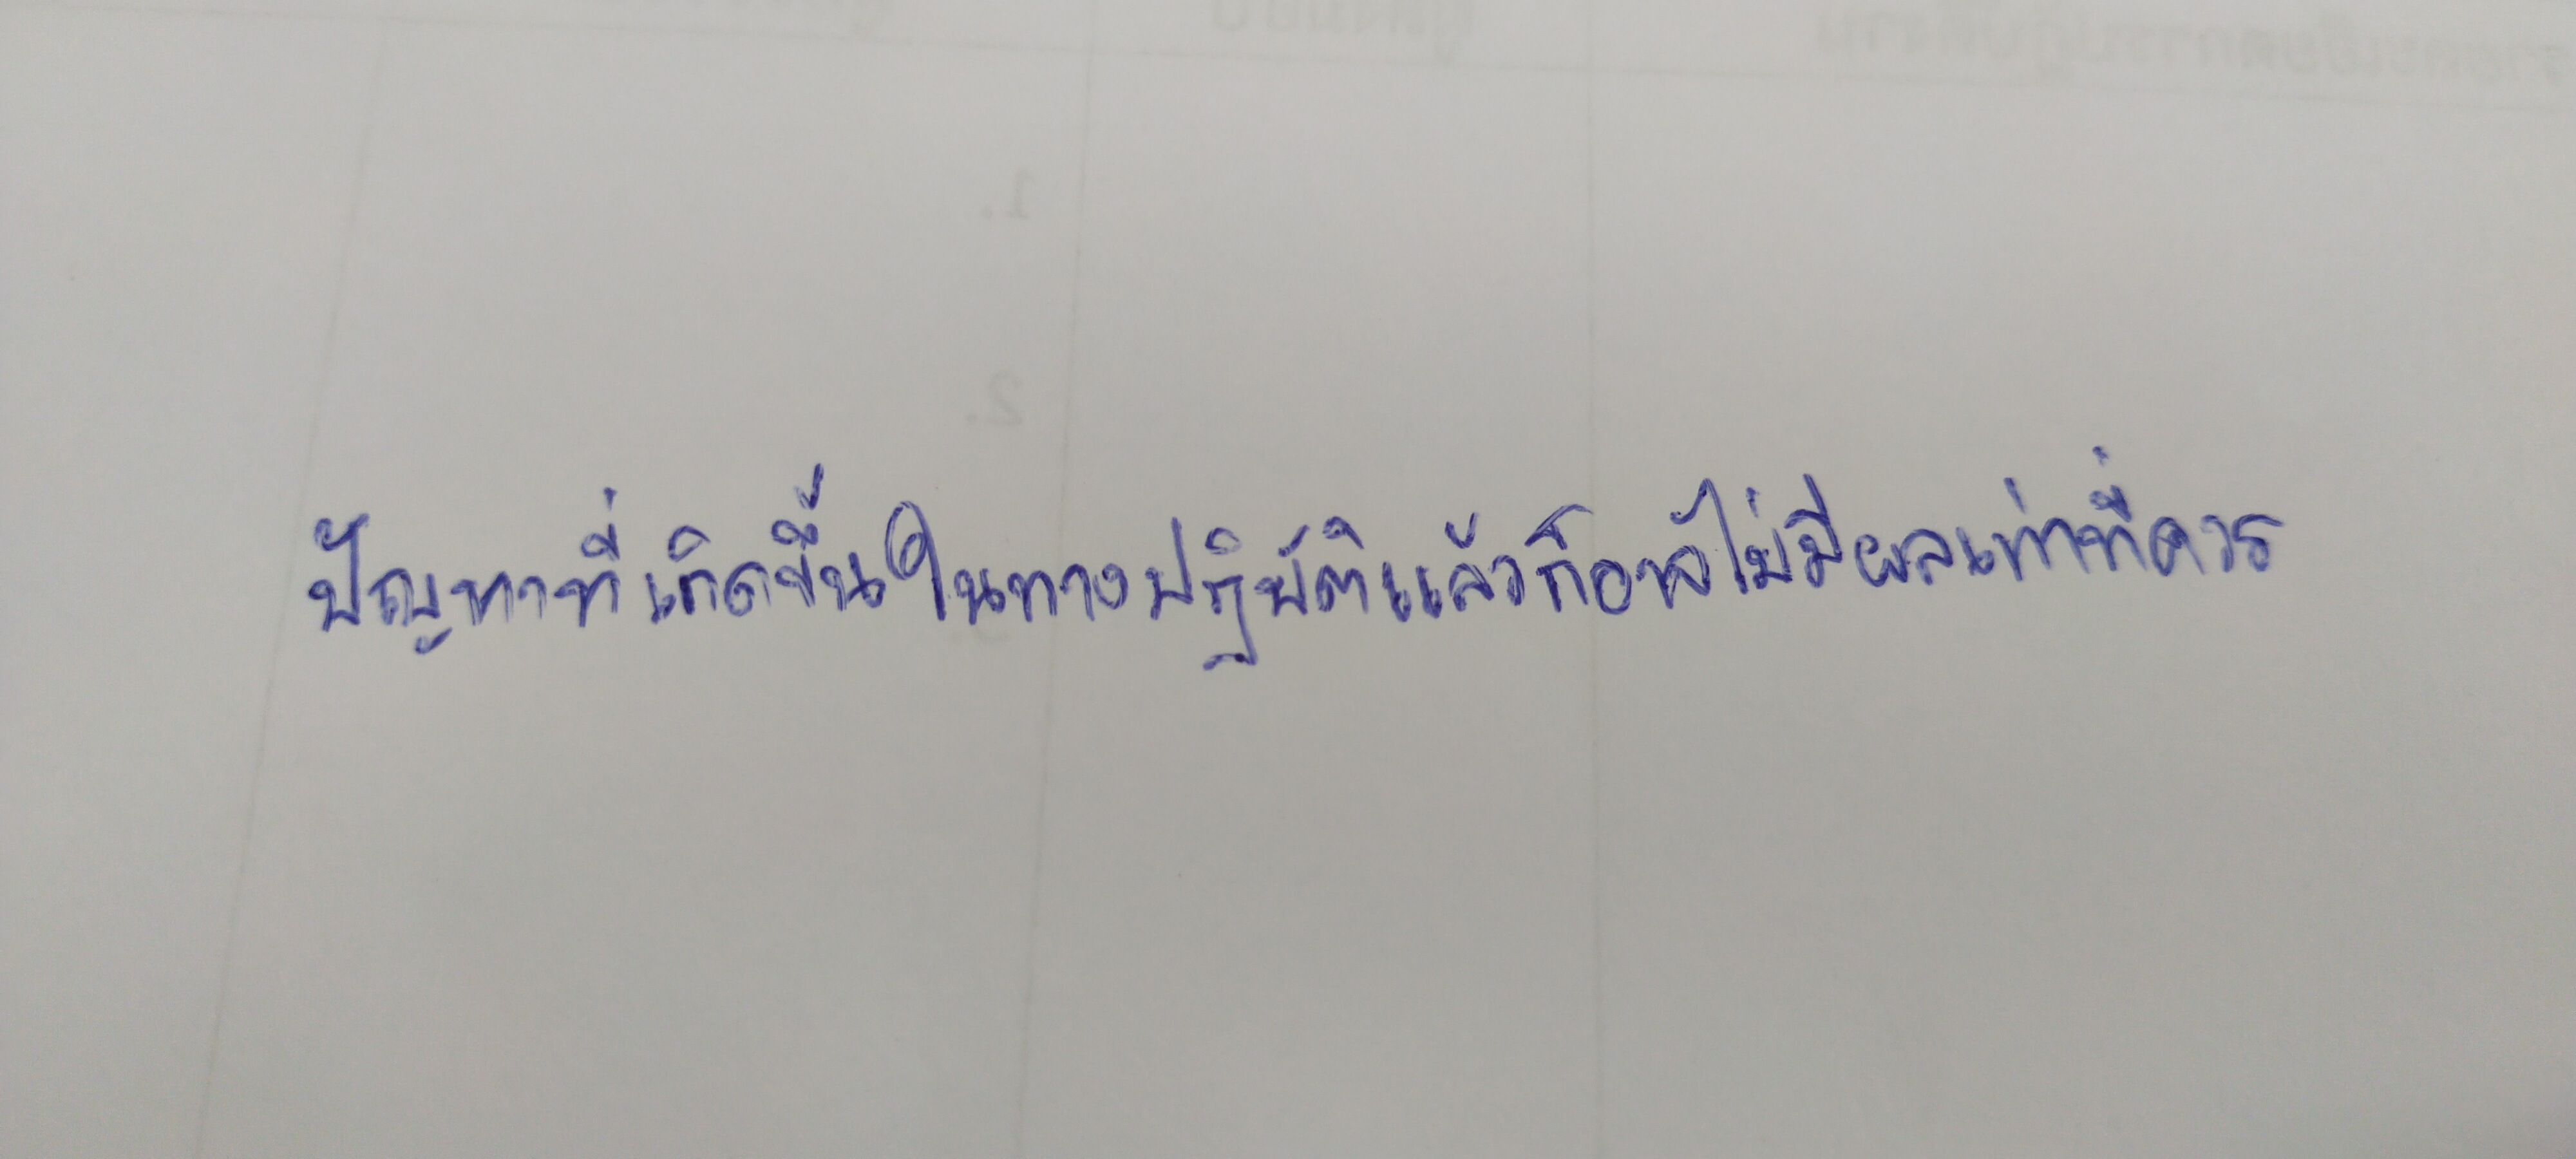
ปัญหาที่เกิดขึ้นในทางปฏิบัติแล้วก็อาจไม่มีผลเท่าที่ควร